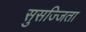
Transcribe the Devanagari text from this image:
सुसज्जिता